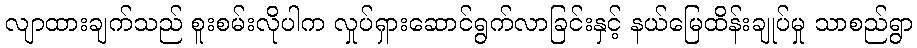
လျာထားချက်သည် စူးစမ်းလိုပါက လှုပ်ရှားဆောင်ရွက်လာခြင်းနှင့် နယ်မြေထိန်းချုပ်မှု သာစည်ရွာ